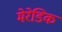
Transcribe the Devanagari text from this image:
मेरेडिक